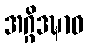
အဂ္ဂိဒဍ္ဎာဝ